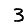
Digit: 3